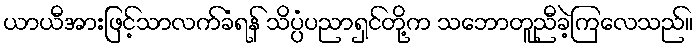
ယာယီအားဖြင့်သာလက်ခံရန် သိပ္ပံပညာရှင်တို့က သဘောတူညီခဲ့ကြလေသည်။